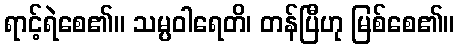
ရာင့်ရဲစေ၏။ သမ္ပဝါရေတိ၊ တန်ပြီဟု မြစ်စေ၏။